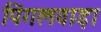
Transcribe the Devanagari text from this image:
पिंगलवाड़ा